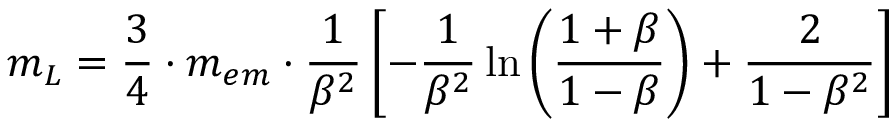
m _ { L } = { \frac { 3 } { 4 } } \cdot m _ { e m } \cdot { \frac { 1 } { \beta ^ { 2 } } } \left[ - { \frac { 1 } { \beta ^ { 2 } } } \ln \left( { \frac { 1 + \beta } { 1 - \beta } } \right) + { \frac { 2 } { 1 - \beta ^ { 2 } } } \right]